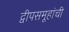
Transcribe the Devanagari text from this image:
द्वीपसमूहांची